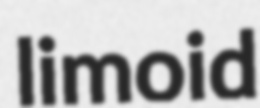
limoid